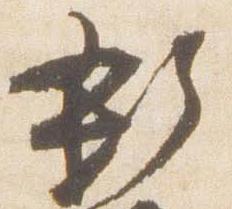
新